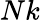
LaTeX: Nk